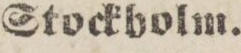
Stockbolm.